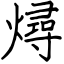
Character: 燖